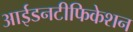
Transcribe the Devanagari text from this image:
आईडनटीफिकेशन